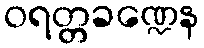
ဝရတ္တခဏ္ဍေန